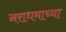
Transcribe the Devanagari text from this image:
नराधमाच्या